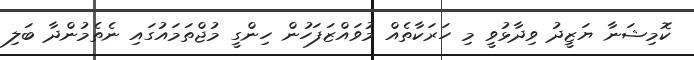
ކޮމިޝަނާ ޔަޒީދު ވިދާޅުވީ މި ހަރަކާތެއް މުވައްޒަފަހުން ހިންގީ މުޖްތަމައުގައި ނެތެމުންދާ ބަލި